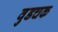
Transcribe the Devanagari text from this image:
वुडचक